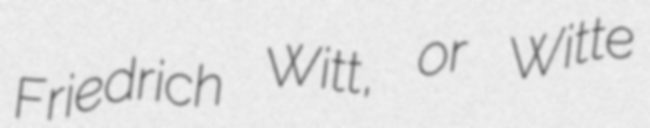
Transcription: Friedrich Witt, or Witte